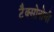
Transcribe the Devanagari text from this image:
टैक्सोनोमी